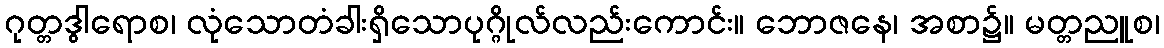
ဂုတ္တဒွါရောစ၊ လုံသောတံခါးရှိသောပုဂ္ဂိုလ်လည်းကောင်း။ ဘောဇနေ၊ အစာ၌။ မတ္တညူစ၊